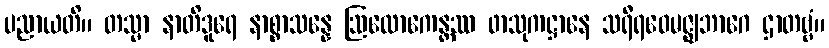
ပညာယတိ။ တသ္မာ နာတိဒူရေ နာစ္စာသန္နေ ဩလောကေန္တဿ ဖာသုကဋ္ဌာနေ သရီရဝေမဇ္ဈဘာဂေ ဌာတဗ္ဗံ။